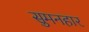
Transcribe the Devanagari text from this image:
सुमनहार